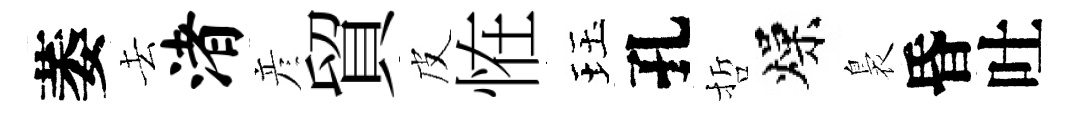
萎去渚彦貿皮恠珏孔哲燥裊昏吐